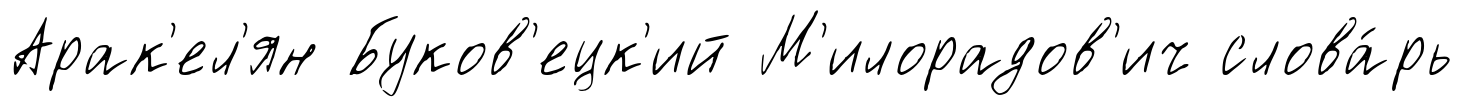
Арак'ел'ян Буков'ецк'ий М'илорадов'ич слова́рь